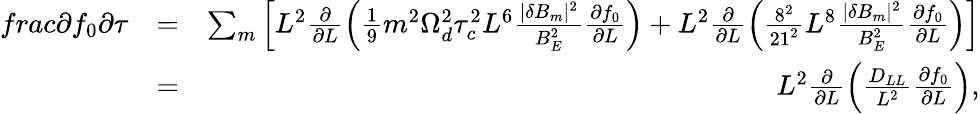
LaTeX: \begin{array}{rlr}{frac{\partial f_{0}}{\partial\tau}}&{=}&{\sum_{m}\left[L^{2}\frac{\partial}{\partial L}\left(\frac{1}{9}m^{2}\Omega_{d}^{2}\tau_{c}^{2}L^{6}\frac{|\delta B_{m}|^{2}}{B_{E}^{2}}\frac{\partial f_{0}}{\partial L}\right)+L^{2}\frac{\partial}{\partial L}\left(\frac{8^{2}}{21^{2}}L^{8}\frac{|\delta B_{m}|^{2}}{B_{E}^{2}}\frac{\partial f_{0}}{\partial L}\right)\right]}\\ &{=}&{L^{2}\frac{\partial}{\partial L}\left(\frac{D_{LL}}{L^{2}}\frac{\partial f_{0}}{\partial L}\right),}\end{array}